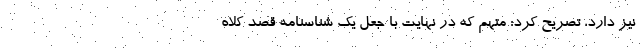
نیز دارد، تصریح کرد: متهم که در نهایت با جعل یک شناسنامه قصد کلاه